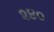
૨૪૦